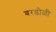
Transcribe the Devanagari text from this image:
वरडोळी